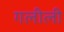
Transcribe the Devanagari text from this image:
गलीली